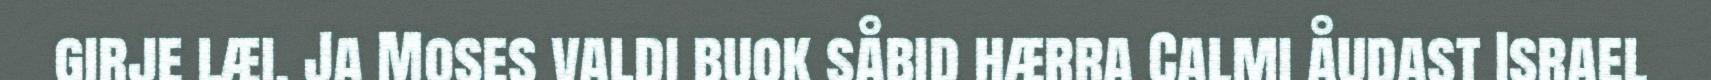
girje læi. Ja Moses valdi buok såbid hærra Calmi åudast Israel